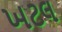
ખટલ